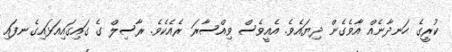
ކުރީގެ ހަނދާނެއް އާވެގެން ދިޔައެވެ. އެއީވެސް ވިއްސާރަ ރެއެކެވެ. ރާސިލް ގެ ގައިގައިއަޅައިގެނފައި